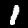
Digit: 1